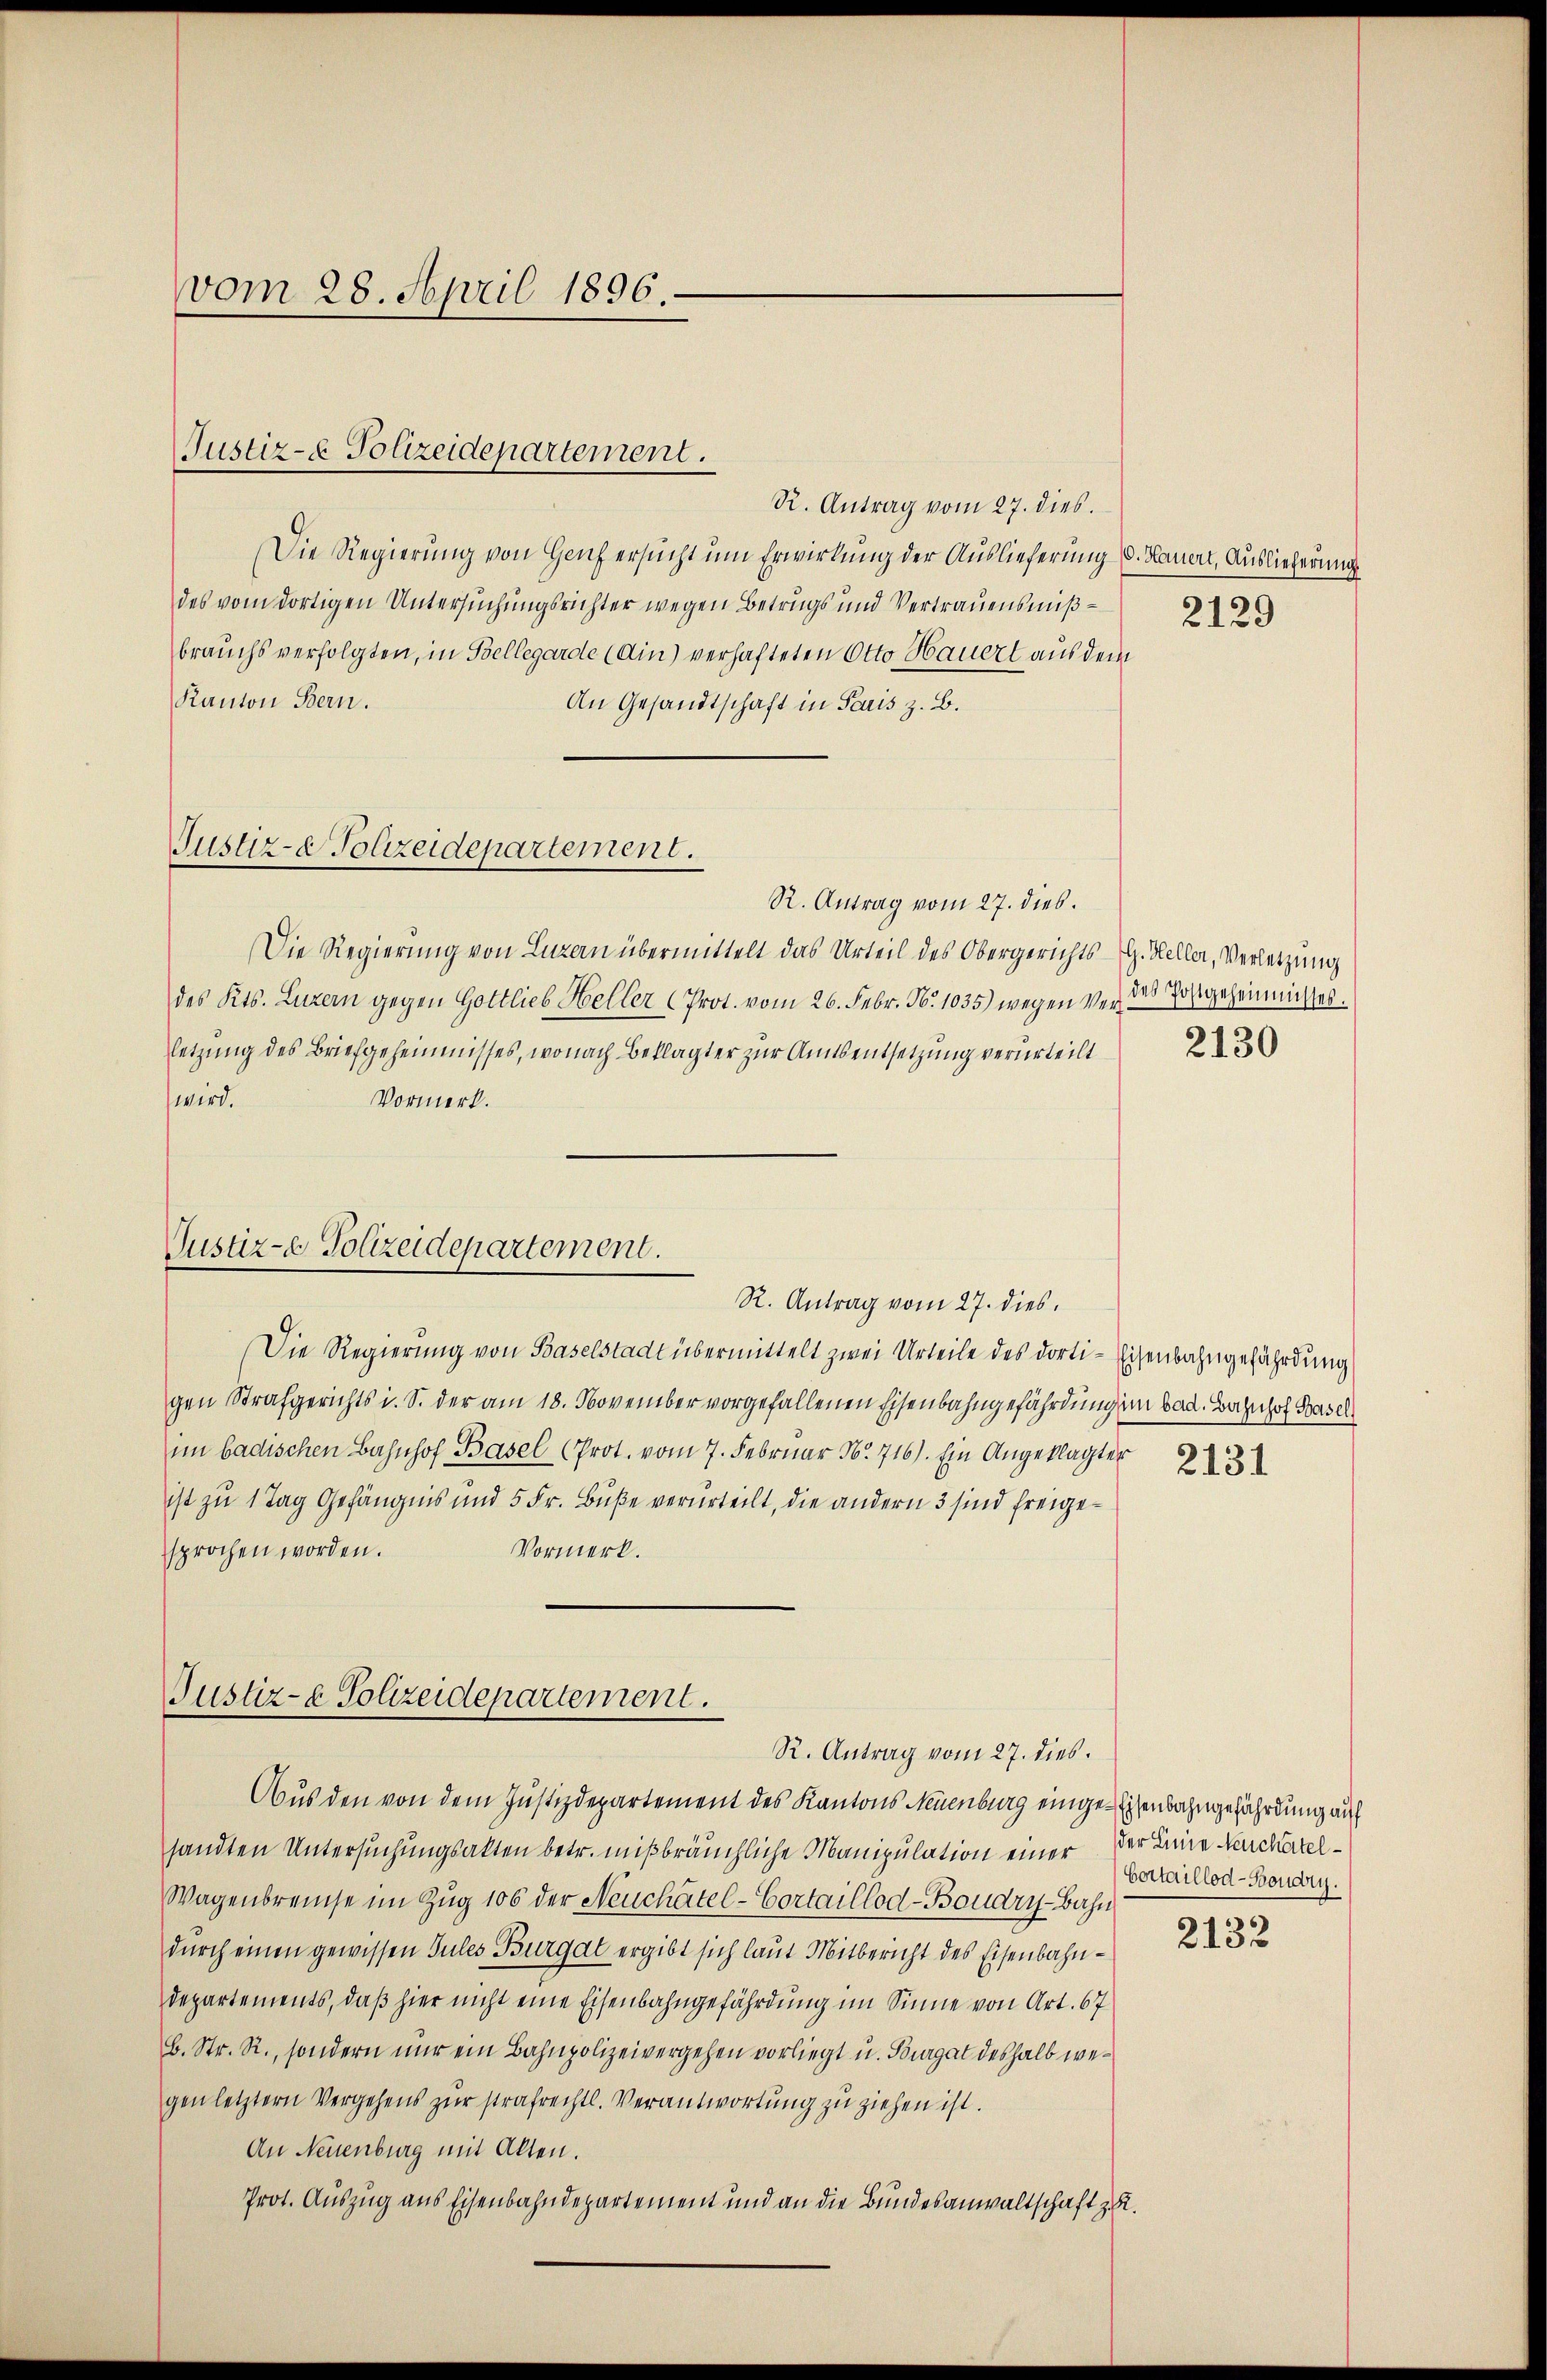
vom 28. April 1896.

Justiz- & Polizeidepartement.

R. Antrag vom 27. dies.
Die Regierung von Haufersucht um Erwirkung der Auslieferung d. Hauert, Auslieferung
des vom dortigen Untersuchungsrichter wegen Betrugs und Vertrauensmißbrauchs verfolgten, in Bellegarde (Ain) verhafteten Otto Hauert aus dem
Kanton Bern.
An Gesandtschaft in Paris z. B.
R. Antrag vom 27. dies.
Die Regierung von Luzern übermittelt das Urteil des Obergerichts-G. Heller, Verletzung
des Kts. Luzern gegen Gottlieb Heller (Prot. vom 26. Febr. No. 1035.) wegen ver des Postgeheimnichtes.
letzung des Briefgeheimnisses, wonach Beklagter zur Amtsentsetzung verurteilt
wird.
Vormerk.
Justiz- & Polizeidepartement.
R. Antrag vom 27. dies
Die Regierung von Baselstadt übermittelt zwei Urteile des dorti-Eisenbahngefährdung
gen Strafgerichts i. S. der am 18. November vorgefallenen Eisenbahngefährdung im bad. Bahnhof Basel
im badischen Bahnhof Basel (Prot. vom 7. Februar N. 716). Ein Angeklagter
ist zu 1 Tag Gefängnis und 5 Fr. Buße verurteilt, die andern 3 sind freige¬
Vormerk.
sprochen worden.

Justiz- Polizeidepartement.

Justiz- & Polizeidepartement.
R. Antrag vom 27. dies.

2129

Aus den von dem Justizdepartement des Kantons Neuenburg einge-Eisenbahngefährdung auf
sandten Untersuchungsakten betr. mißbräuchliche Manipulation einer der Leine Neckartel¬
Wagenbreise im Zug 106 der Neuchâtel-Cortaillod-Boudry-Bahn
dŭrch einen gewissen Jules Burgat ergibt sich laut Mitbericht des Eisenbahn¬
Departements, daß hier nicht eine Eisenbahngefährdung im Sinne von Art. 67
B. Str. R., sondern nur ein Bahnpolizeivergehen vorliegt u. Burgat deshalb wegen letztern Vergehens zŭr strafrechtl. Verantwortŭng zu ziehen ist.
An Neuenburg mit Alten.
Prot. Auszug aus Eisenbahndepartement und an die Bundesanwaltschaft z. R.

2130

Hertaillod-Boudry.

2132